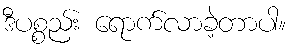
ဒီပစ္စည်း ရောက်လာခဲ့တာပါ။